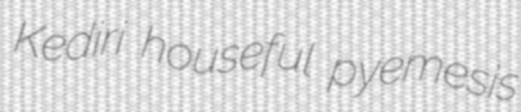
Kediri houseful pyemesis